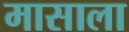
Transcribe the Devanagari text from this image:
मासाला